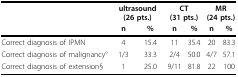
<table><thead><tr><td></td><td colspan="2"><b>ultrasound (26 pts.)</b></td><td colspan="2"><b>CT (31 pts.)</b></td><td colspan="2"><b>MR (24 pts.)</b></td></tr><tr><td></td><td><b>n</b></td><td><b>%</b></td><td><b>n</b></td><td><b>%</b></td><td><b>n</b></td><td><b>%</b></td></tr></thead><tbody><tr><td>Correct diagnosis of IPMN</td><td>4</td><td>15.4</td><td>11</td><td>35.4</td><td>20</td><td>83.3</td></tr><tr><td>Correct diagnosis of malignancy°</td><td>1/3</td><td>33.3</td><td>2/4</td><td>50.0</td><td>4/7</td><td>57.1</td></tr><tr><td>Correct diagnosis of extension§</td><td>1</td><td>25.0</td><td>9/11</td><td>81.8</td><td>22</td><td>100</td></tr></tbody></table>